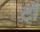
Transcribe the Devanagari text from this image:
टॉ